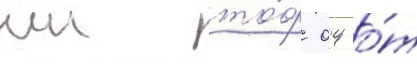
нш то́ф 04 о́т